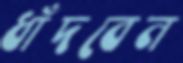
ধাঁদবেন